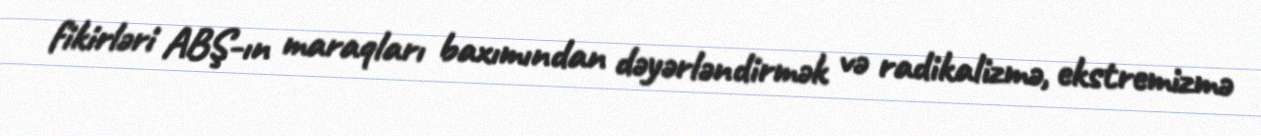
fikirləri ABŞ-ın maraqları baxımından dəyərləndirmək və radikalizmə, ekstremizmə